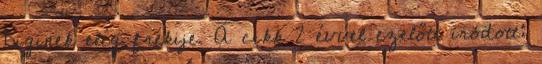
Diginek elég frekije. A cikk 2 évvel ezelőtt íródott: